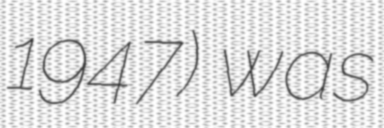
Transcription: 1947) was